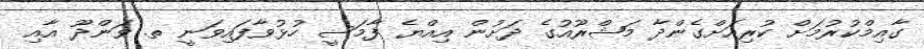
ގާއިމްކުރުމަށް ކުރިއަށްގެންދާ މަޝްރޫއުގެ ދަށުން އިއްޔެ ފާމަސީ ހުޅުވާފައިވަނީ ތ. ވަންދޫ އާއި